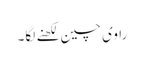
راوی چین لکھنے لگا۔